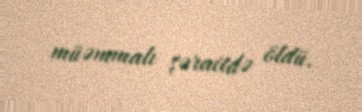
müəmmalı şəraitdə öldü.